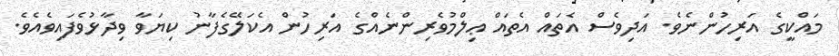
މައްކީގެ އަރިހުންނެވެ. އަދިވެސް އެތައް އެތައް ޢިލްމުވެރިންނެއްގެ އަރިހުން އެކަލޭގެފާނު ކިޔަވާ ވިދާޅުވެފައިވެއެވެ.